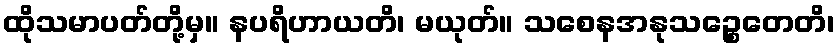
ထိုသမာပတ်တို့မှ။ နပရိဟာယတိ၊ မယုတ်။ သစေနအနုသဉ္စေတေတိ၊